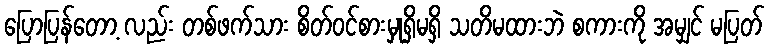
ပြောပြန်တော့ လည်း တစ်ဖက်သား စိတ်ဝင်စားမှုရှိမရှိ သတိမထားဘဲ စကားကို အမျှင် မပြတ်